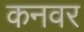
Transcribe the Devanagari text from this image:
कनवर